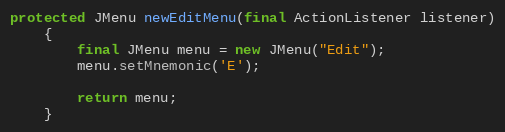
Language: Java
protected JMenu newEditMenu(final ActionListener listener)
	{
		final JMenu menu = new JMenu("Edit");
		menu.setMnemonic('E');

		return menu;
	}